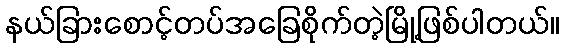
နယ်ခြားစောင့်တပ်အခြေစိုက်တဲ့မြို့ဖြစ်ပါတယ်။